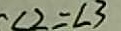
\angle 2 = \angle 3